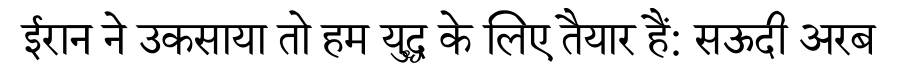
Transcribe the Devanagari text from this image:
ईरान ने उकसाया तो हम युद्ध के लिए तैयार हैं: सऊदी अरब